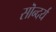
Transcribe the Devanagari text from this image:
सॊन्दर्य